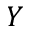
Y